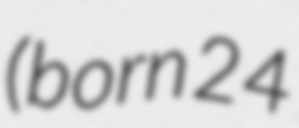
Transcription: (born 24